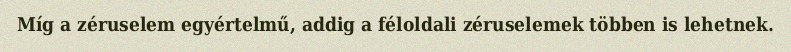
Míg a zéruselem egyértelmű, addig a féloldali zéruselemek többen is lehetnek.